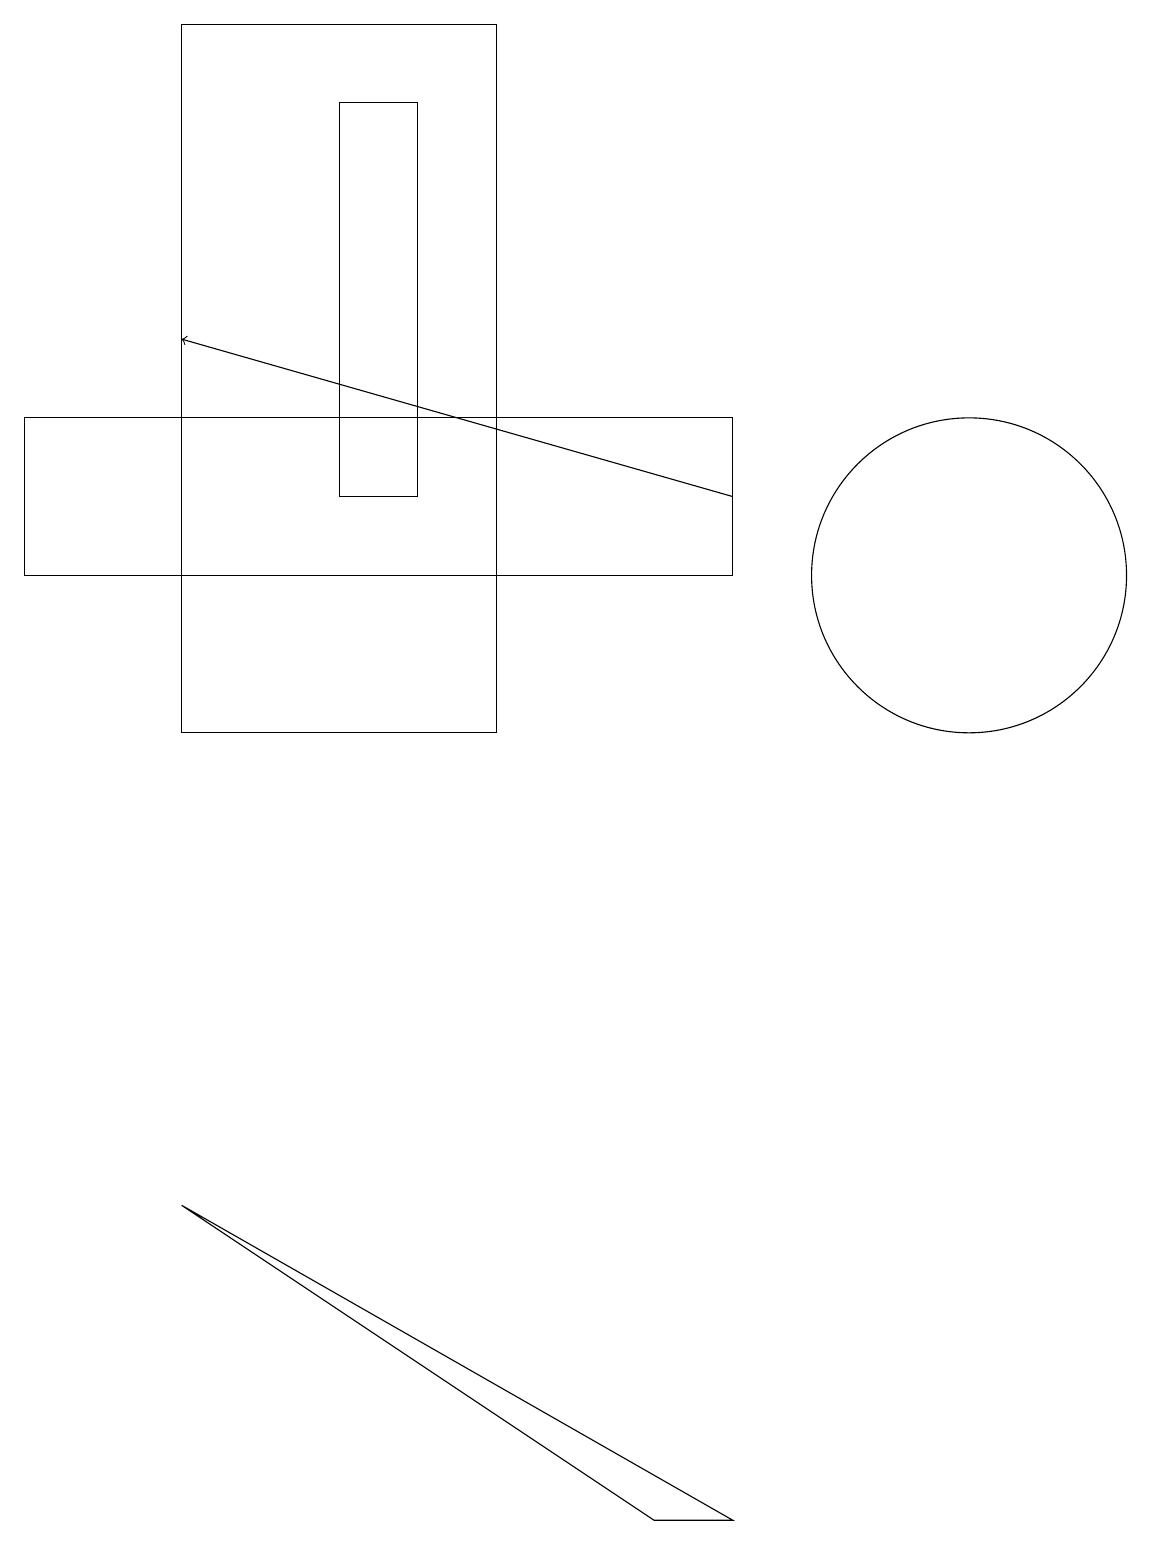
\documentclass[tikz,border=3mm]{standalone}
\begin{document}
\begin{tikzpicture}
\draw[->] (9,13) -- (2,15);
\draw (0,12) rectangle (9,14);
\draw (8,0) -- (9,0) -- (2,4) -- cycle;
\draw (2,10) rectangle (6,19);
\draw (5,13) rectangle (4,18);
\draw (12,12) circle (2);
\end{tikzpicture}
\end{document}